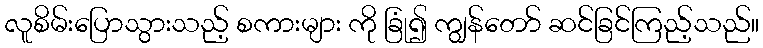
လူစိမ်းပြောသွားသည့် စကားများ ကို ခြုံ၍ ကျွန်တော် ဆင်ခြင်ကြည့်သည်။